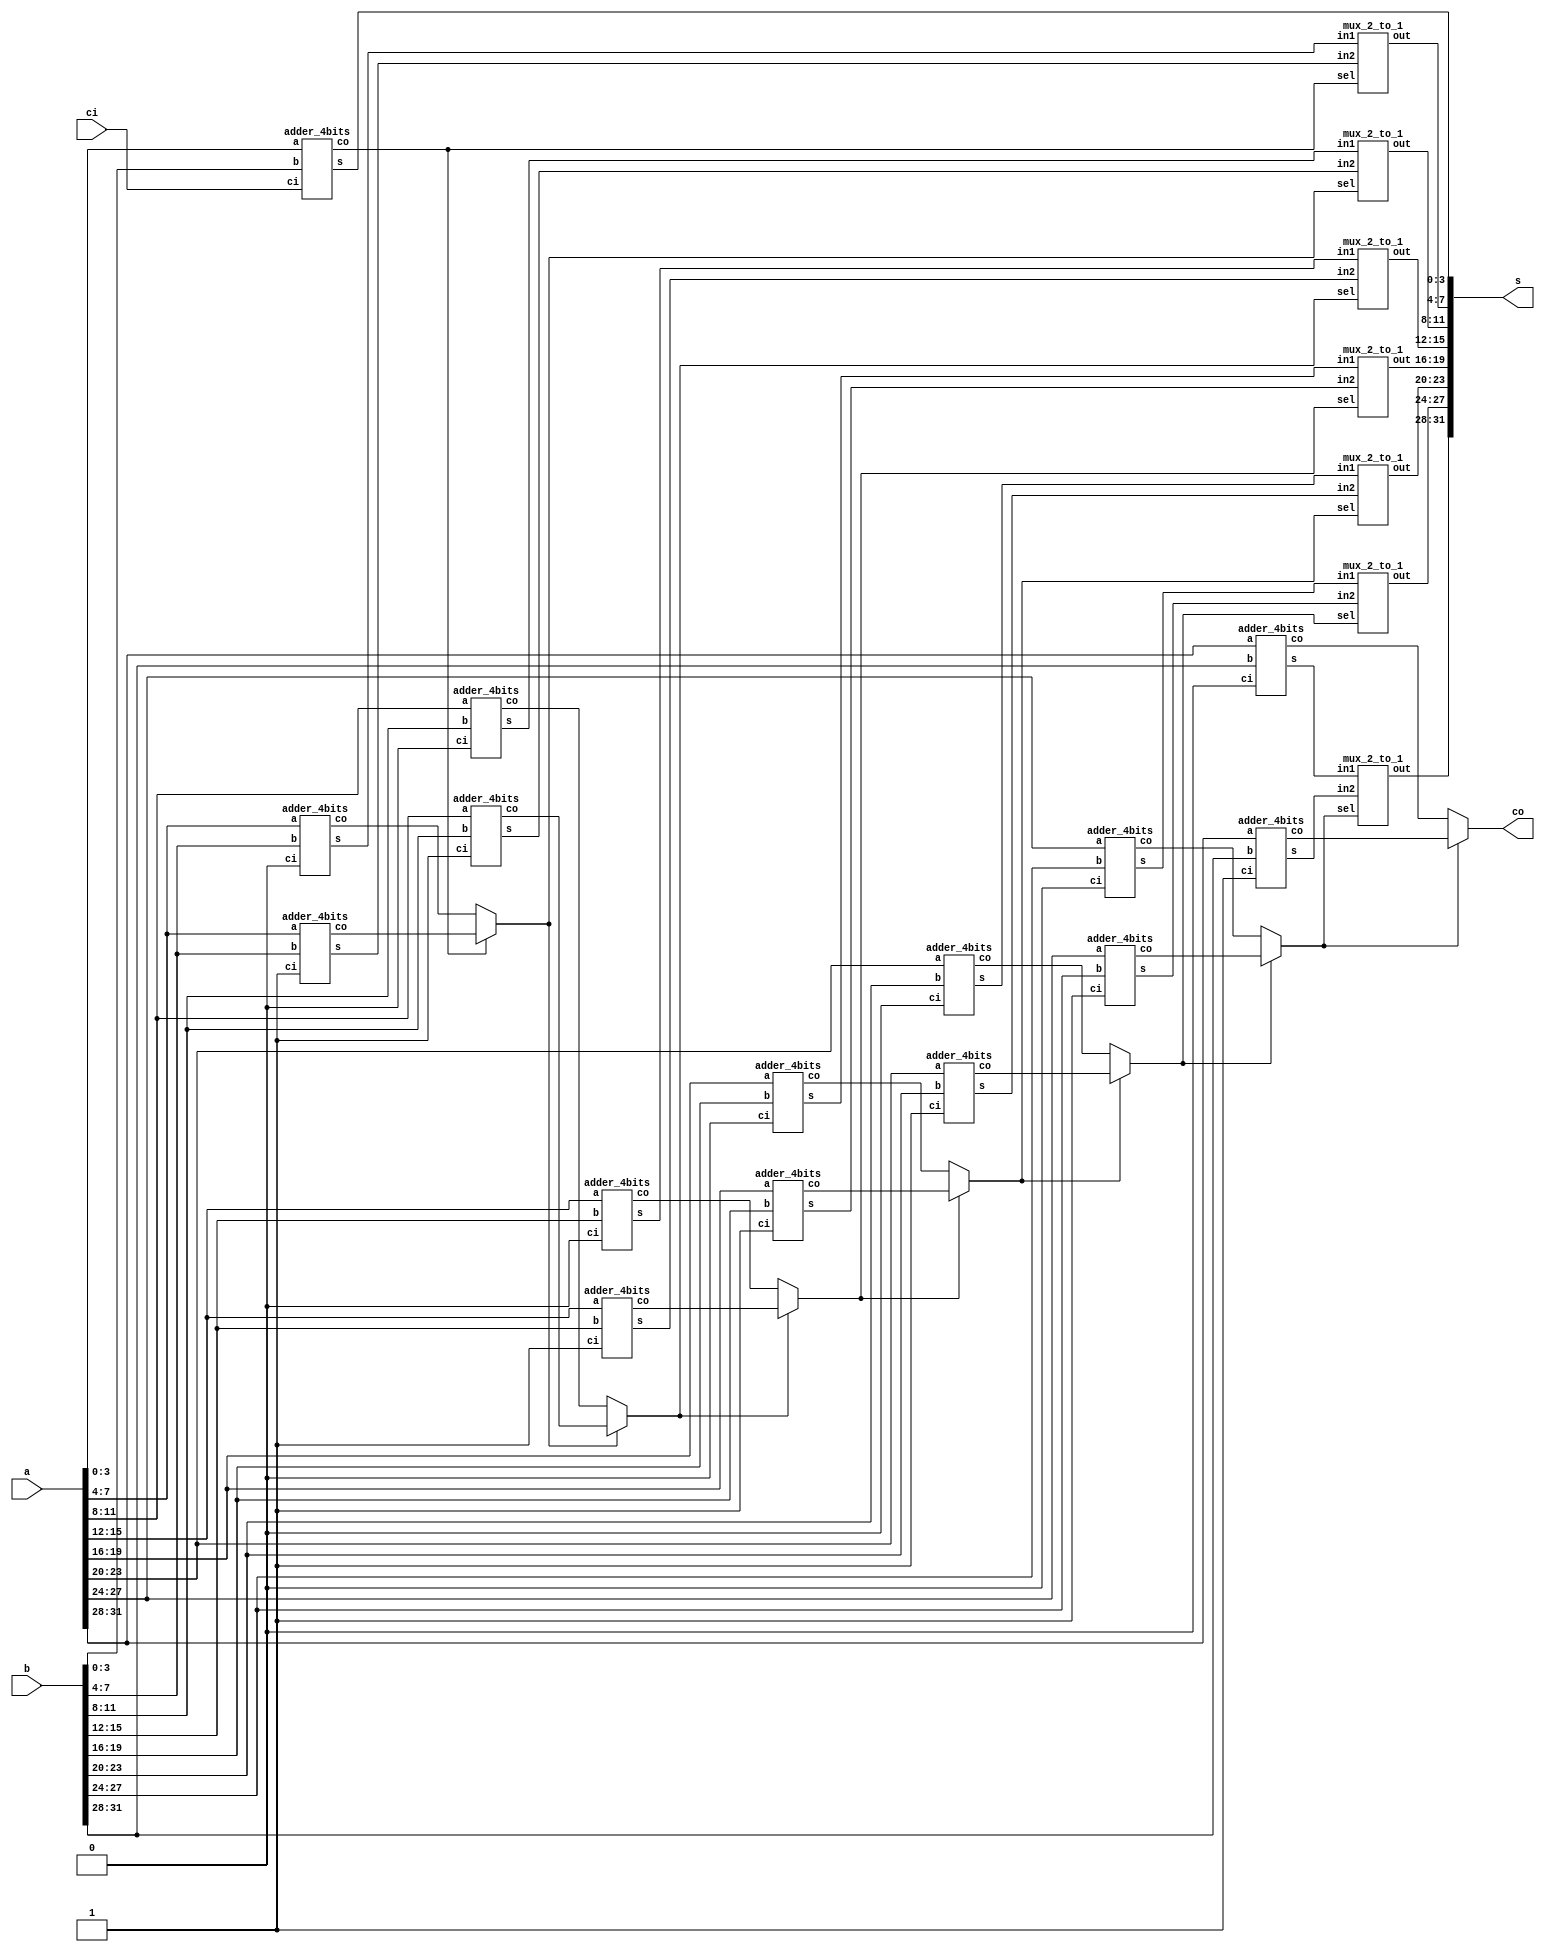
module adder_32bits(a,b,ci,s,co);
	input[31:0] a,b;
	input ci;
	output[31:0] s;
	output co;
	wire[3:0] s_10,s_11,s_20,s_21,s_30,s_31,s_40,s_41,s_50,s_51,s_60,s_61,s_70,s_71;
	wire co_10,co_11,co_20,co_21,co_30,co_31,co_40,co_41,co_50,co_51,co_60,co_61,co_70,co_71;
	wire co_0,co_1,co_2,co_3,co_4,co_5,co_6;
	adder_4bits adder_0(.a(a[3:0]),.b(b[3:0]),.ci(ci),.s(s[3:0]),.co(co_0));
	adder_4bits adder_10(.a(a[7:4]),.b(b[7:4]),.ci(1'b0),.s(s_10),.co(co_10));
	adder_4bits adder_11(.a(a[7:4]),.b(b[7:4]),.ci(1'b1),.s(s_11),.co(co_11));
	adder_4bits adder_20(.a(a[11:8]),.b(b[11:8]),.ci(1'b0),.s(s_20),.co(co_20));
	adder_4bits adder_21(.a(a[11:8]),.b(b[11:8]),.ci(1'b1),.s(s_21),.co(co_21));
	adder_4bits adder_30(.a(a[15:12]),.b(b[15:12]),.ci(1'b0),.s(s_30),.co(co_30));
	adder_4bits adder_31(.a(a[15:12]),.b(b[15:12]),.ci(1'b1),.s(s_31),.co(co_31));
	adder_4bits adder_40(.a(a[19:16]),.b(b[19:16]),.ci(1'b0),.s(s_40),.co(co_40));
	adder_4bits adder_41(.a(a[19:16]),.b(b[19:16]),.ci(1'b1),.s(s_41),.co(co_41));
	adder_4bits adder_50(.a(a[23:20]),.b(b[23:20]),.ci(1'b0),.s(s_50),.co(co_50));
	adder_4bits adder_51(.a(a[23:20]),.b(b[23:20]),.ci(1'b1),.s(s_51),.co(co_51));
	adder_4bits adder_60(.a(a[27:24]),.b(b[27:24]),.ci(1'b0),.s(s_60),.co(co_60));
	adder_4bits adder_61(.a(a[27:24]),.b(b[27:24]),.ci(1'b1),.s(s_61),.co(co_61));
	adder_4bits adder_70(.a(a[31:28]),.b(b[31:28]),.ci(1'b0),.s(s_70),.co(co_70));
	adder_4bits adder_71(.a(a[31:28]),.b(b[31:28]),.ci(1'b1),.s(s_71),.co(co_71));
	assign co_1=co_0?co_11:co_10;
	assign co_2=co_1?co_21:co_20;
	assign co_3=co_2?co_31:co_30;
	assign co_4=co_3?co_41:co_40;
	assign co_5=co_4?co_51:co_50;
	assign co_6=co_5?co_61:co_60;
	assign co  =co_6?co_71:co_70;
	mux_2_to_1 mux_1(.in1(s_10),.in2(s_11),.sel(co_0),.out(s[7:4]));
	mux_2_to_1 mux_2(.in1(s_20),.in2(s_21),.sel(co_1),.out(s[11:8]));
	mux_2_to_1 mux_3(.in1(s_30),.in2(s_31),.sel(co_2),.out(s[15:12]));
	mux_2_to_1 mux_4(.in1(s_40),.in2(s_41),.sel(co_3),.out(s[19:16]));
	mux_2_to_1 mux_5(.in1(s_50),.in2(s_51),.sel(co_4),.out(s[23:20]));
	mux_2_to_1 mux_6(.in1(s_60),.in2(s_61),.sel(co_5),.out(s[27:24]));
	mux_2_to_1 mux_7(.in1(s_70),.in2(s_71),.sel(co_6),.out(s[31:28]));
endmodule

module adder_4bits(a,b,ci,s,co);
	input[3:0] a,b;
	input ci;
	output[3:0] s;
	output co;
	wire[3:0] G,P,C;
	assign G=a&b;
	assign P=a|b;
	assign C=G|P&{C[2:0],ci};
	assign s=P&(~G)^{C[2:0],ci};
	assign co=C[3];
endmodule

module mux_2_to_1(sel,in1,in2,out);
	parameter N=4;
	input[N-1:0] in1,in2;
	input sel;
	output[N-1:0] out;
	assign out=sel==0?in1:in2;
endmodule